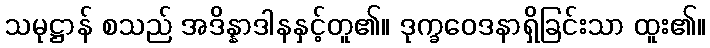
သမုဋ္ဌာန် စသည် အဒိန္နာဒါနနှင့်တူ၏။ ဒုက္ခဝေဒနာရှိခြင်းသာ ထူး၏။